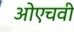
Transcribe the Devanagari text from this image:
ओएचवी